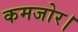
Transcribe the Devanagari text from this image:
कमजोर।